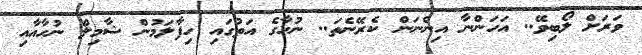
ވަރަށް ލޯބިވޭ.. އަހަންނާ އިންނަން ކެރޭނެތަ.. ނުހާގެ އަތުގައި ހިފާލަމުން ޝާމިލް ނުހާއާއި